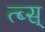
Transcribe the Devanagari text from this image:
त्ब्स्